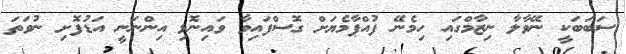
ސަބަބަކީ ނޭވާލާ ނިޒާމްގައި ހިމެނޭ ފުއްޕާމެޔަށް ގޮސްފައިވާ ވައިނޮޅި އިންނަނީ އަޑުފޮށި ނުވަތަ